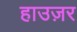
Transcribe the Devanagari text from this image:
हाउज़र